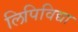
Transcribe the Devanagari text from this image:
लिपिविद्या